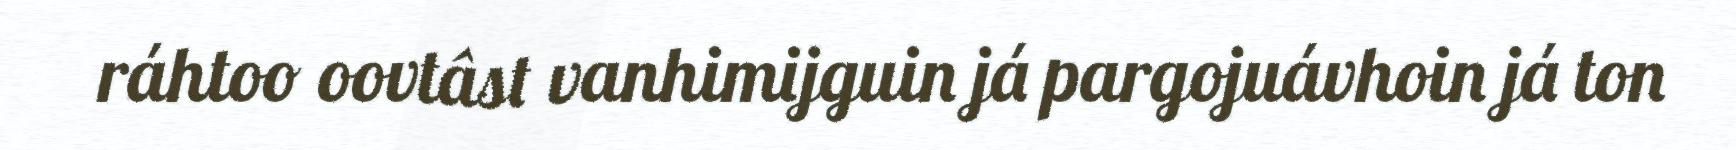
ráhtoo oovtâst vanhimijguin já pargojuávhoin já ton